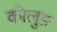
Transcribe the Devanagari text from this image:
कोलुङ